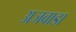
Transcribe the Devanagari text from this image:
अजवाडा